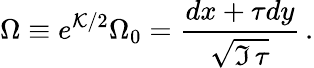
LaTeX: \Omega\equiv e^{{\cal K}/2}\Omega_{0}={\frac{dx+\tau dy}{\sqrt{\Im\, \tau}}}\, .